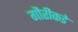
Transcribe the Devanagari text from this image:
गौरीकडे